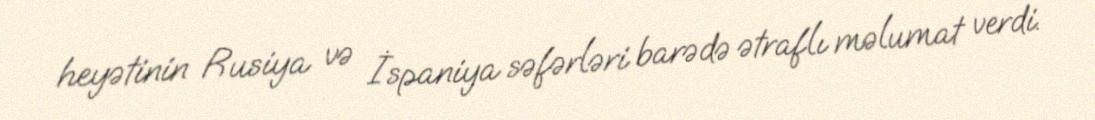
heyətinin Rusiya və İspaniya səfərləri barədə ətraflı məlumat verdi.